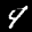
Label: 4